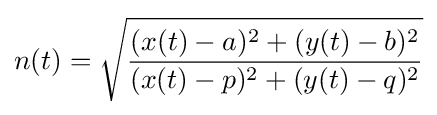
n(t)={\sqrt {\frac {(x(t)-a)^{2}+(y(t)-b)^{2}}{(x(t)-p)^{2}+(y(t)-q)^{2}}}}